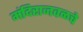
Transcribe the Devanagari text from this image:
मंदिराजवळचे